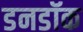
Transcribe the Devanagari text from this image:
डनडॉक